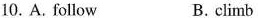
10.A. follow B.climb